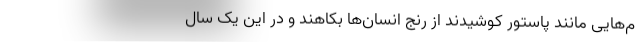
م‌هایی مانند پاستور کوشیدند از رنج انسان‌ها بکاهند و در این یک سال